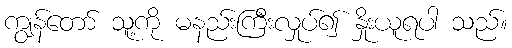
ကျွန်တော် သူ့ကို မနည်းကြီးလှုပ်၍ နှိုးယူရပါ သည်။